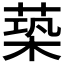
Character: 𦵶